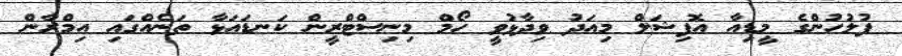
ފުލުހުންގެ މީޑިއާ އޮފިޝަލް މިއަދު ވިދާޅުވީ ހޯމް މިނިސްޓްރީން ކަނޑައަޅާ ތަނެއްގައި އިމްރާން